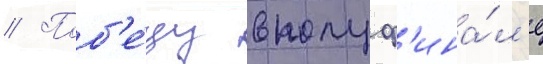
// Поб'е́ду в полуф'ина́л'е